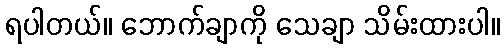
ရပါတယ်။ ဘောက်ချာကို သေချာ သိမ်းထားပါ။